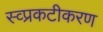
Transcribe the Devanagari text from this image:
स्व्प्रकटीकरण